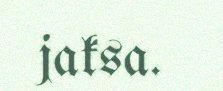
jaksa.